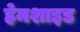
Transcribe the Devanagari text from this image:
हेमशाइड